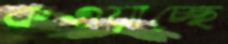
কওয়াচ্ছে